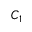
C _ { 1 }